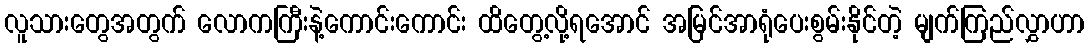
လူသားတွေအတွက် လောကကြီးနဲ့ကောင်းကောင်း ထိတွေ့လို့ရအောင် အမြင်အာရုံပေးစွမ်းနိုင်တဲ့ မျက်ကြည်လွှာဟာ